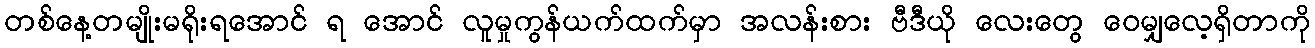
တစ်နေ့တမျိုးမရိုးရအောင် ရ အောင် လူမှုကွန်ယက်ထက်မှာ အလန်းစား ဗီဒီယို လေးတွေ ဝေမျှလေ့ရှိတာကို